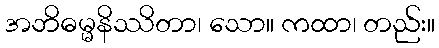
အဘိဓမ္မနိဿိတာ၊ သော။ ကထာ၊ တည်း။